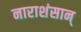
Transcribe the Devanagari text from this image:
नाराशंसान्